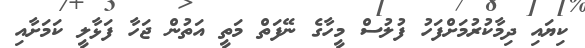
ކިޔައި ދިމާކުރުމަށްފަހު ފުލުސް މީހާގެ ނޭފަތް މަތީ އަތުން ޖަހާ ފަޅާލީ ކަމަށާއި